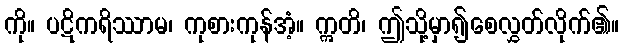
ကို။ ပဋိကရိဿာမ၊ ကုစားကုန်အံ့။ ဣတိ၊ ဤသို့မှာ၍စေလွှတ်လိုက်၏။